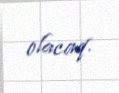
olacaq.